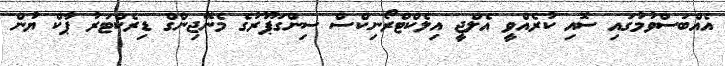
އެއްބަސްވުމުގައި ސޮއި ކުރެއްވީ އެލްޖީ އިލެކްޓްރޯނިކްސް ސިންގަޕޫރުގެ މެނޭޖިންގް ޑިރެކްޓަރު ޕާކް ޔުން